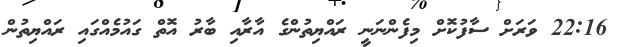
22:16 ވަރަށް ސާފުކޮށް މިފެންނަނީ ރައްޔިތުންގެ އާރާއި ބާރު އޮތް ގައުމެއްގައި ރައްޔިތުން